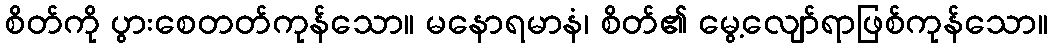
စိတ်ကို ပွားစေတတ်ကုန်သော။ မနောရမာနံ၊ စိတ်၏ မွေ့လျော်ရာဖြစ်ကုန်သော။